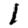
Digit: 1